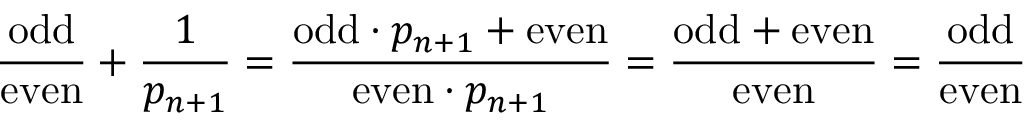
{ \frac { \mathrm { o d d } } { \mathrm { e v e n } } } + { \frac { 1 } { p _ { n + 1 } } } = { \frac { { \mathrm { o d d } } \cdot p _ { n + 1 } + { \mathrm { e v e n } } } { { \mathrm { e v e n } } \cdot p _ { n + 1 } } } = { \frac { { \mathrm { o d d } } + { \mathrm { e v e n } } } { \mathrm { e v e n } } } = { \frac { \mathrm { o d d } } { \mathrm { e v e n } } }